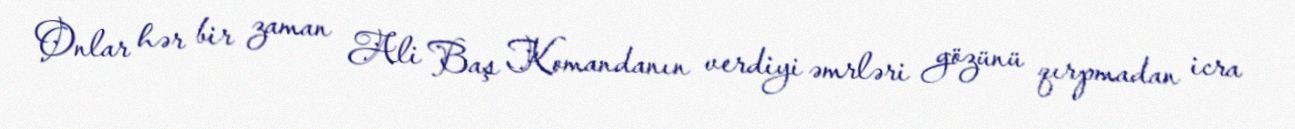
Onlar hər bir zaman Ali Baş Komandanın verdiyi əmrləri gözünü qırpmadan icra